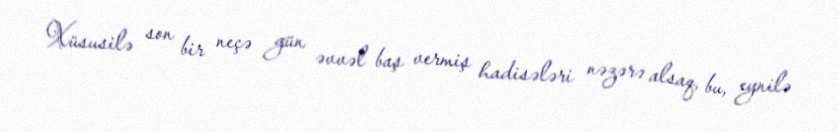
Xüsusilə son bir neçə gün əvvəl baş vermiş hadisələri nəzərə alsaq, bu, eynilə